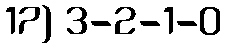
17) 3-2-1-0